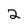
Character: 2